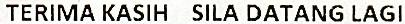
TERIMA KASIH SILA DATANG LAGI